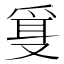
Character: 𰇂